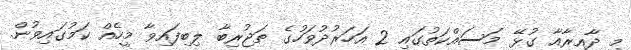
މި ދާއިރާއާ ގުޅޭ މަސައްކަތުގައި 2 އަހަރުދުވަހުގެ ތަޖުރިބާ ލިބިފައިވާ މީހެއް ކަމުގައިވުން.